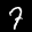
Label: 7